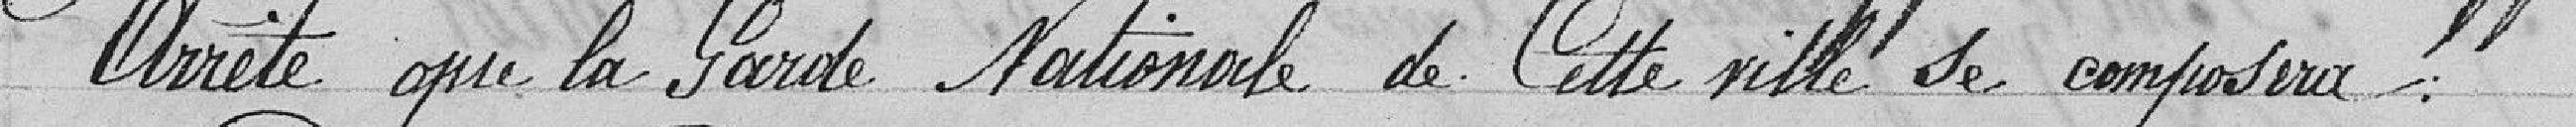
Arrête que la Garde Nationale de cette ville se composera: